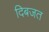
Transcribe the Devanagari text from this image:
दिबजत